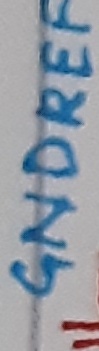
Text: GNDREF